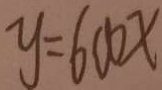
y = 6 0 0 x